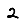
Digit: 2